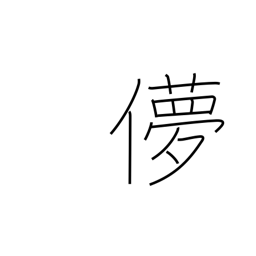
Meaning: fickle